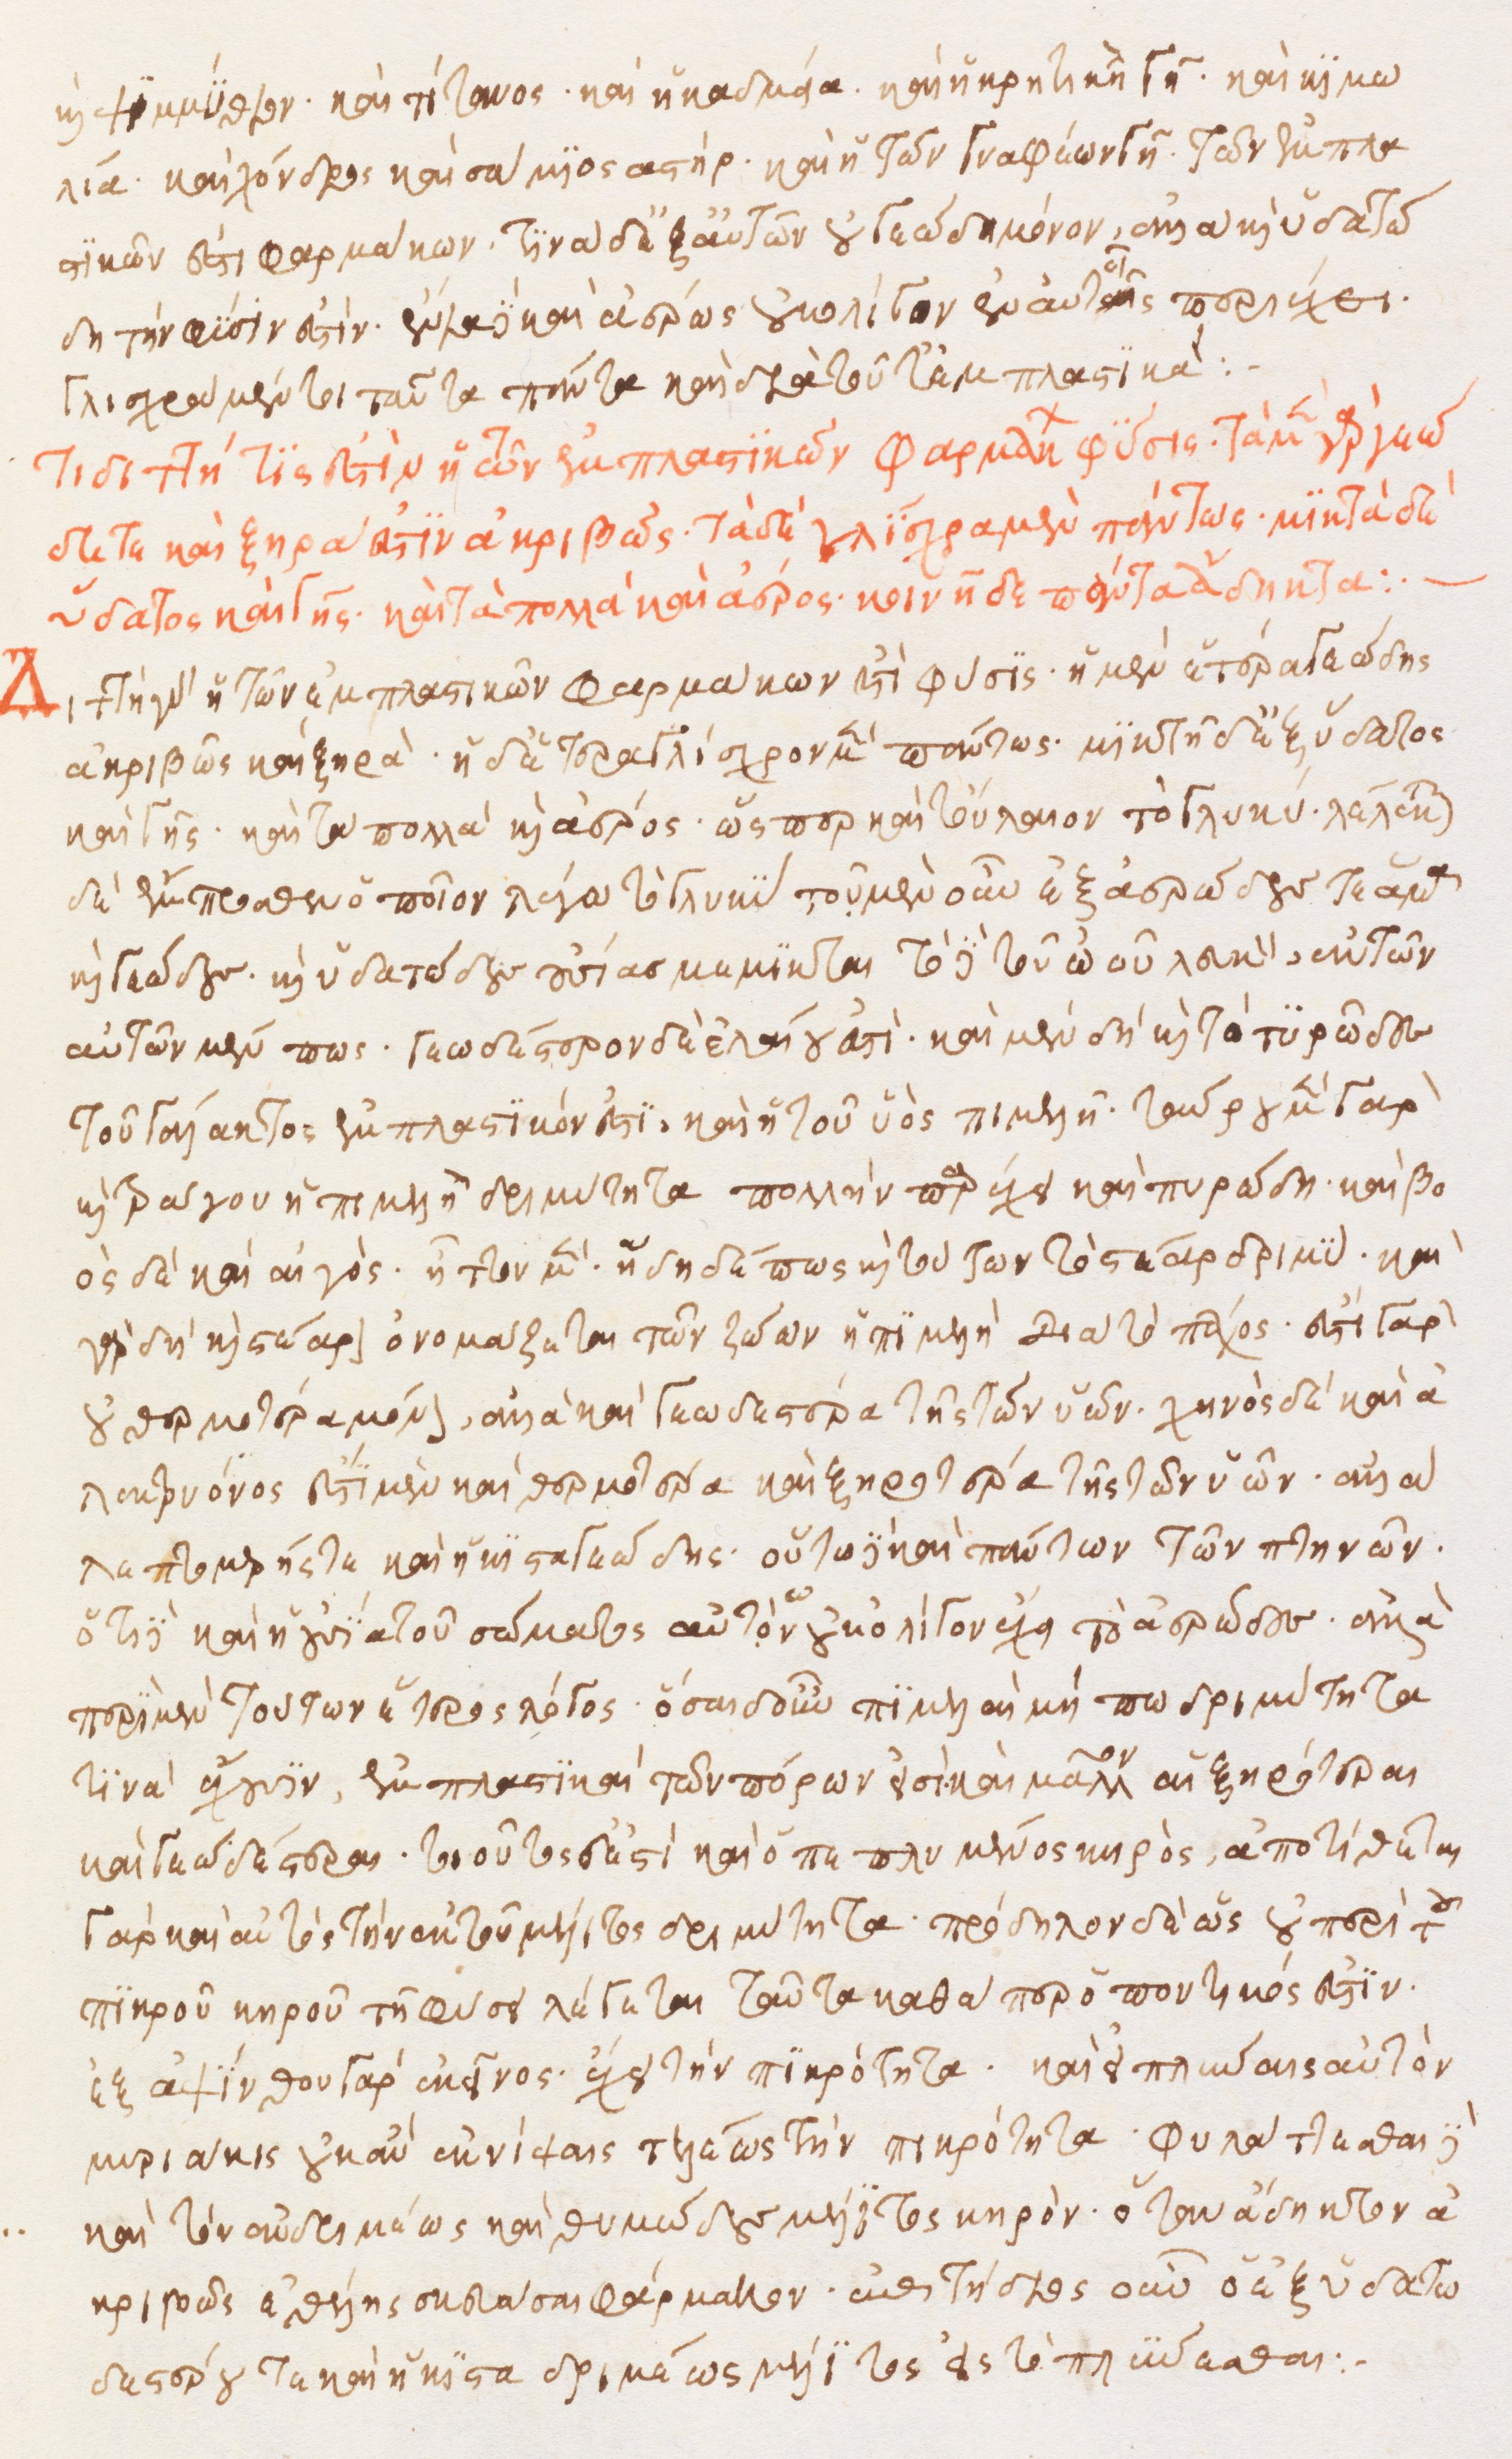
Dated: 1500–1599